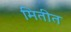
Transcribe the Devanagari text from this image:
मितीत